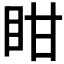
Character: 𭾧